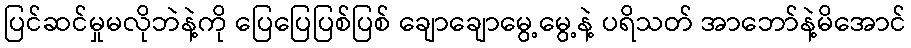
ပြင်ဆင်မှုမလိုဘဲနဲ့ကို ပြေပြေပြစ်ပြစ် ချောချောမွေ့မွေ့နဲ့ ပရိသတ် အာဘော်နဲ့မိအောင်